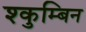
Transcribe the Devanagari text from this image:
श्कुम्बिन